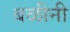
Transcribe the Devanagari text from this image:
बळीनी